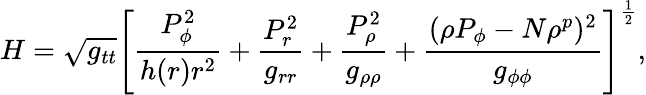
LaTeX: H=\sqrt{g_{tt}}\left[{\frac{P_{\phi}^{2}}{h(r)r^{2}}}+{\frac{P_{r}^{2}}{g_{rr}}}+{\frac{P_{\rho}^{2}}{g_{\rho\rho}}}+{\frac{(\rho P_{\phi}-N\rho^{p})^{2}}{g_{\phi\phi}}}\right]^{\frac{1}{2}},